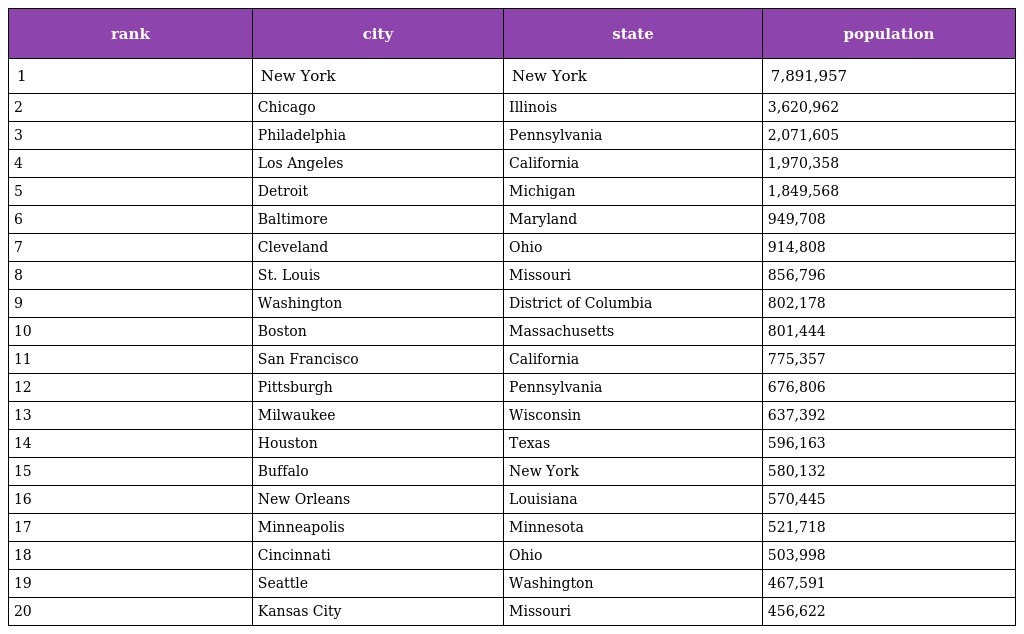
| rank | city | state | population |
 | --- | --- | --- | --- |
 | 1 | New York | New York | 7,891,957 |
 | 2 | Chicago | Illinois | 3,620,962 |
 | 3 | Philadelphia | Pennsylvania | 2,071,605 |
 | 4 | Los Angeles | California | 1,970,358 |
 | 5 | Detroit | Michigan | 1,849,568 |
 | 6 | Baltimore | Maryland | 949,708 |
 | 7 | Cleveland | Ohio | 914,808 |
 | 8 | St. Louis | Missouri | 856,796 |
 | 9 | Washington | District of Columbia | 802,178 |
 | 10 | Boston | Massachusetts | 801,444 |
 | 11 | San Francisco | California | 775,357 |
 | 12 | Pittsburgh | Pennsylvania | 676,806 |
 | 13 | Milwaukee | Wisconsin | 637,392 |
 | 14 | Houston | Texas | 596,163 |
 | 15 | Buffalo | New York | 580,132 |
 | 16 | New Orleans | Louisiana | 570,445 |
 | 17 | Minneapolis | Minnesota | 521,718 |
 | 18 | Cincinnati | Ohio | 503,998 |
 | 19 | Seattle | Washington | 467,591 |
 | 20 | Kansas City | Missouri | 456,622 |